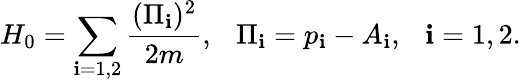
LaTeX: H_{0}=\sum_{\mathbf{i}=1,2}{\frac{{(\Pi_{\mathbf{i}})^{2}}}{{2m}}},\ \ \ \Pi_{\mathbf{i}}=p_{\mathbf{i}}-A_{\mathbf{i}},\ \ \ \mathbf{i}=1,2.